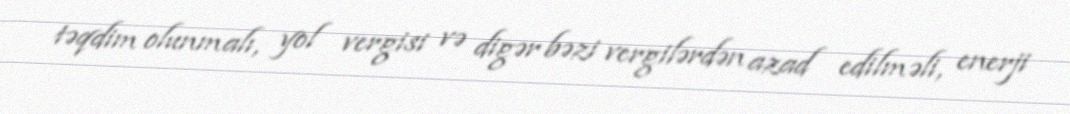
təqdim olunmalı, yol vergisi və digər bəzi vergilərdən azad edilməli, enerji